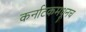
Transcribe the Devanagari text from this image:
कर्नाटकमधूनच